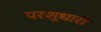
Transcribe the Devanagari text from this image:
परशूधारी